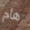
هام